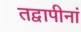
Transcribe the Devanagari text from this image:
तद्वापीनां